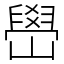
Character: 嶨